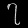
Digit: ၇